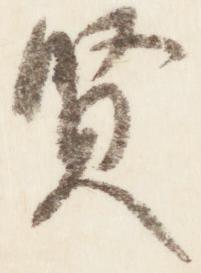
賢